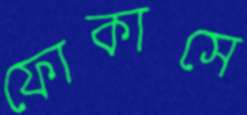
ফোকাসে